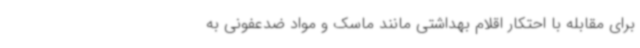
برای مقابله با احتکار اقلام بهداشتی مانند ماسک و مواد ضدعفونی به